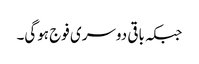
جبکہ باقی دوسری فوج ہوگی۔